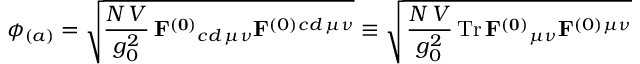
\phi _ { ( a ) } = \sqrt { { \frac { N \, V } { g _ { 0 } ^ { 2 } } } \, \mathbf { F ^ { ( 0 ) } } { } _ { c d \, \mu \nu } \mathbf { F } ^ { ( 0 ) } { } ^ { c d \, \mu \nu } } \equiv \sqrt { \, { \frac { N \, V } { g _ { 0 } ^ { 2 } } } \, \mathrm { T r } \, \mathbf { F ^ { ( 0 ) } } { } _ { \mu \nu } \mathbf { F } ^ { ( 0 ) } { } ^ { \mu \nu } }